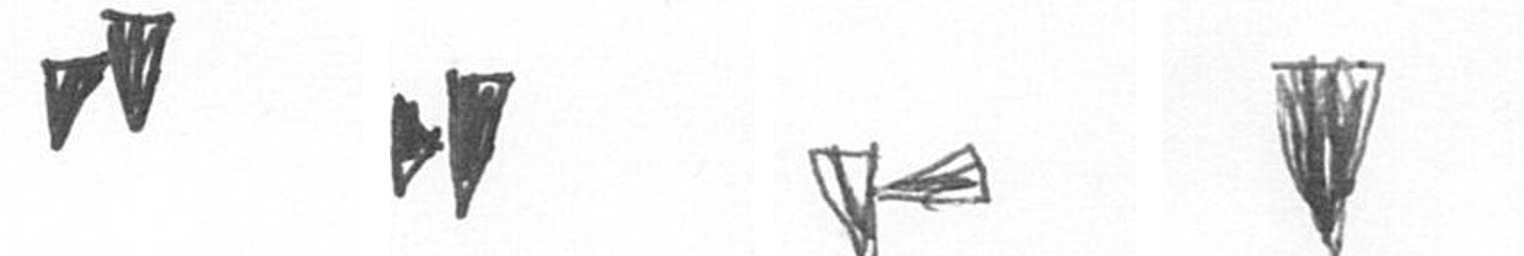
M M F J